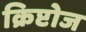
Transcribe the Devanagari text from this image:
क्रिप्टोज